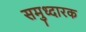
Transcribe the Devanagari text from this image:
समुध्दारक